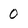
Character: 0